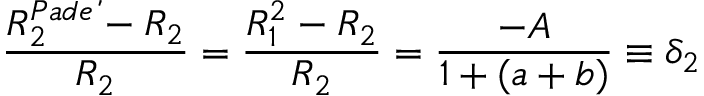
\frac { R _ { 2 } ^ { P a d \acute { e } } - R _ { 2 } } { R _ { 2 } } = \frac { R _ { 1 } ^ { 2 } - R _ { 2 } } { R _ { 2 } } = \frac { - A } { 1 + ( a + b ) } \equiv \delta _ { 2 }